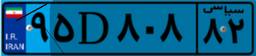
۴۴D۶۵۷۹۳